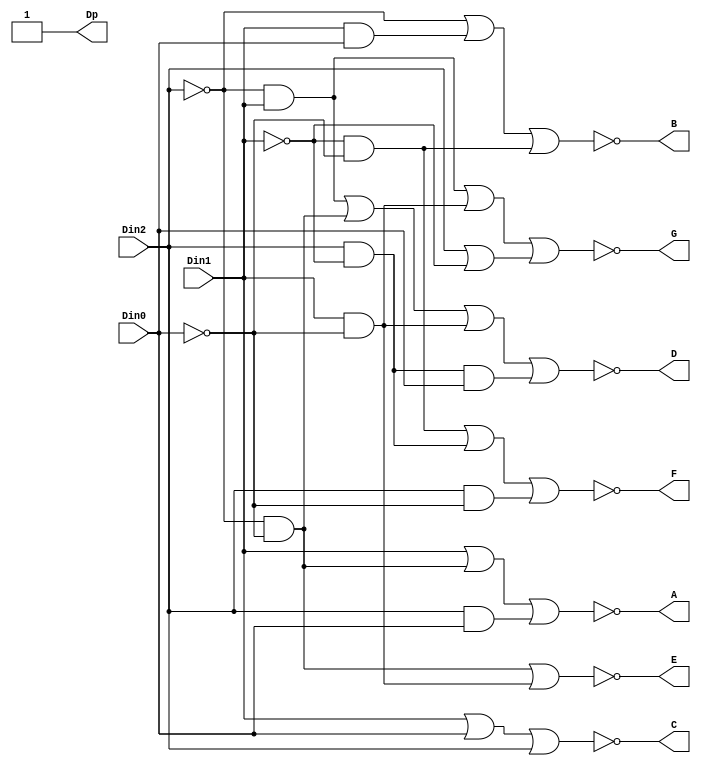
`timescale 1ns / 1ps
//////////////////////////////////////////////////////////////////////////////////
// Company: 
// Engineer: 
// 
// Design Name: 
// Module Name: octal_decoder
// Project Name: 
// Target Devices: 
// Tool Versions: 
// Description: 
// 
// Dependencies: 
// 
// Revision:
// Revision 0.01 - File Created
// Additional Comments:
// 
//////////////////////////////////////////////////////////////////////////////////


module octal_decoder_top(
    input Din2,
    input Din1,
    input Din0,
    output A,
    output B,
    output C,
    output D,
    output E,
    output F,
    output G,
    output Dp
    );
    
    assign A= ~(Din1 | (~Din2 & ~Din0) | (Din2 & Din0));
    assign B= ~(~Din2 | (Din1 & Din0) | (~Din1 & ~Din0));
    assign C= ~(Din1 | Din0 | Din2);
    assign D= ~((~Din2 & Din1) | (~Din2 & ~Din0) | (Din1 & ~Din0) | (Din2 & ~Din1 & Din0));
    assign E= ~((~Din2 & ~Din0) | (Din1 & ~Din0));
    assign F= ~((~Din1 & ~Din0) | (Din2 & ~Din1) | (Din2 & ~Din0));
    assign G= ~((~Din2 & Din1) | (Din1 & ~Din0) | (Din2 | ~Din1));
    assign Dp= 1'b1;
endmodule